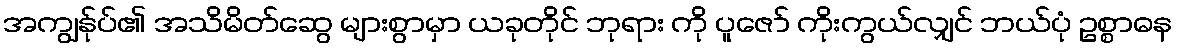
အကျွန်ုပ်၏ အသိမိတ်ဆွေ များစွာမှာ ယခုတိုင် ဘုရား ကို ပူဇော် ကိုးကွယ်လျှင် ဘယ်ပုံ ဥစ္စာဓန